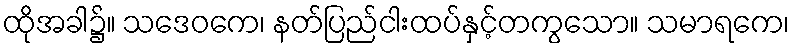
ထိုအခါ၌။ သဒေဝကေ၊ နတ်ပြည်ငါးထပ်နှင့်တကွသော။ သမာရကေ၊